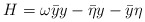
\begin{align*}H = \omega \bar{y} y - \bar{\eta}y - \bar{y} \eta\end{align*}